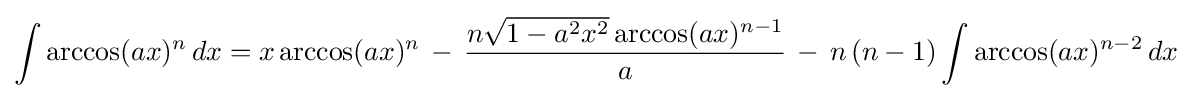
\int \arccos(ax)^{n}\,dx=x\arccos(ax)^{n}\,-\,{\frac {n{\sqrt {1-a^{2}x^{2}}}\arccos(ax)^{n-1}}{a}}\,-\,n\,(n-1)\int \arccos(ax)^{n-2}\,dx